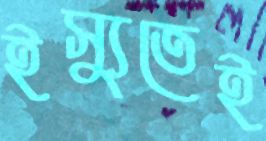
ইস্যুতেই